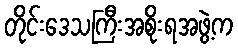
တိုင်းဒေသကြီးအစိုးရအဖွဲ့က